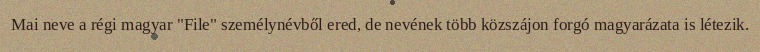
Mai neve a régi magyar "File" személynévből ered, de nevének több közszájon forgó magyarázata is létezik.